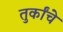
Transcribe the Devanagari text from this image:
तुर्कांचे